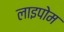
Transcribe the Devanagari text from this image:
लाइपोम